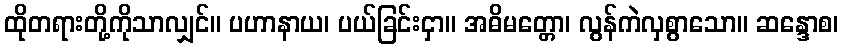
ထိုတရားတို့ကိုသာလျှင်။ ပဟာနာယ၊ ပယ်ခြင်းငှာ။ အဓိမတ္တော၊ လွန်ကဲလှစွာသော။ ဆန္ဒောစ၊